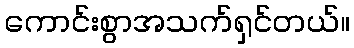
ကောင်းစွာအသက်ရှင်တယ်။